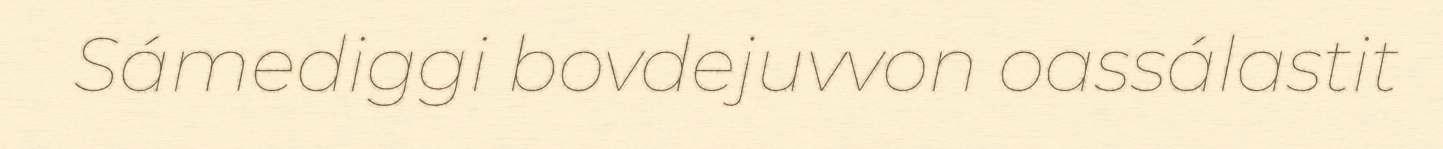
Sámediggi bovdejuvvon oassálastit